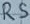
Text: RS